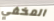
المخفي